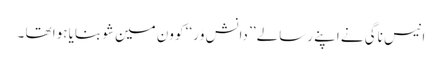
انیس ناگی نے اپنے رسالے ’’ دانش وَر‘‘ کو ون مین شو بنایا ہوا تھا ۔